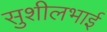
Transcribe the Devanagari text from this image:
सुशीलभाई